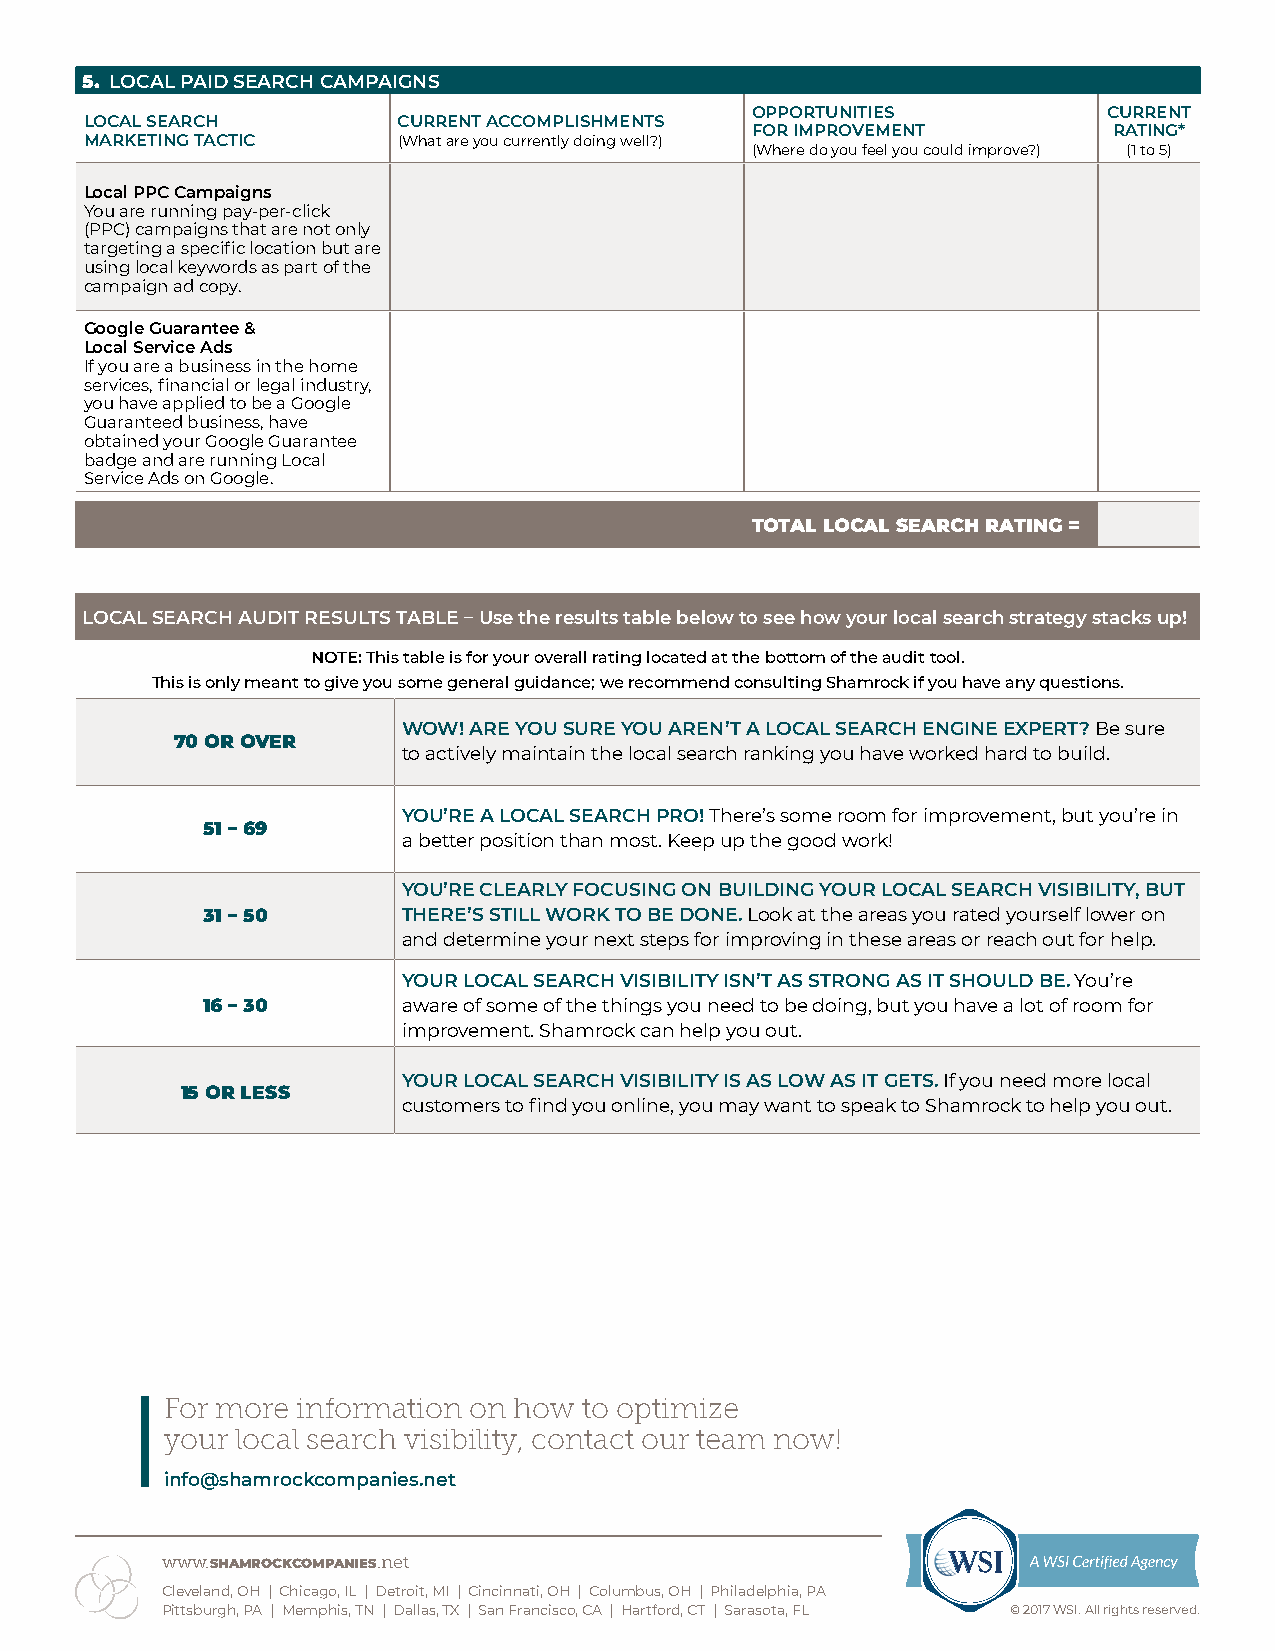
5. LOCAL PAID SEARCH CAMPAIGNS
 OPPORTUNITIES          CURRENT
 LOCAL SEARCH        CURRENT ACCOMPLISHMENTS
 FOR IMPROVEMENT         RATING*
 MARKETING TACTIC    (What are you currently doing well?)
 (Where do you feel you could improve?) (1 to 5)
 Local PPC Campaigns
 You are running pay-per-click
 (PPC) campaigns that are not only
 targeting a specific location but are
 using local keywords as part of the
 campaign ad copy.
 Google Guarantee &
 Local Service Ads
 If you are a business in the home
 services, financial or legal industry,
 you have applied to be a Google
 Guaranteed business, have
 obtained your Google Guarantee
 badge and are running Local
 Service Ads on Google.
 TOTAL LOCAL SEARCH RATING =
 LOCAL SEARCH AUDIT RESULTS TABLE – Use the results table below to see how your local search strategy stacks up!
 NOTE: This table is for your overall rating located at the bottom of the audit tool.
 This is only meant to give you some general guidance; we recommend consulting Shamrock if you have any questions.
 WOW! ARE YOU SURE YOU AREN’T A LOCAL SEARCH ENGINE EXPERT? Be sure
 70 OR OVER
 to actively maintain the local search ranking you have worked hard to build.
 YOU’RE A LOCAL SEARCH PRO! There’s some room for improvement, but you’re in
 51 – 69
 a better position than most. Keep up the good work!
 YOU’RE CLEARLY FOCUSING ON BUILDING YOUR LOCAL SEARCH VISIBILITY, BUT
 31 – 50       THERE’S STILL WORK TO BE DONE. Look at the areas you rated yourself lower on
 and determine your next steps for improving in these areas or reach out for help.
 YOUR LOCAL SEARCH VISIBILITY ISN’T AS STRONG AS IT SHOULD BE. You’re
 16 – 30       aware of some of the things you need to be doing, but you have a lot of room for
 improvement. Shamrock can help you out.
 YOUR LOCAL SEARCH VISIBILITY IS AS LOW AS IT GETS. If you need more local
 15 OR LESS
 customers to find you online, you may want to speak to Shamrock to help you out.
 For more information on how to optimize
 your local search visibility, contact our team now!
 info@shamrockcompanies.net
 www.SHAMROCKCOMPANIES.net
 Cleveland, OH | Chicago, IL | Detroit, MI | Cincinnati, OH | Columbus, OH | Philadelphia, PA
 Pittsburgh, PA | Memphis, TN | Dallas, TX | San Francisco, CA | Hartford, CT | Sarasota, FL © 2017 WSI. All rights reserved.